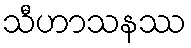
သီဟာသနဿ